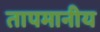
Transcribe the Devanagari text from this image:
तापमानीय